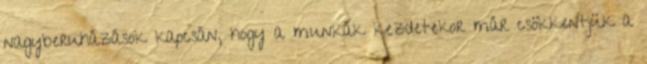
nagyberuházások kapcsán, hogy a munkák kezdetekor már csökkentjük a